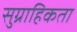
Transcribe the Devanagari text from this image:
सुग्राहिकता